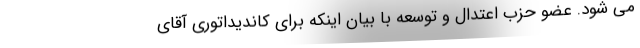
می شود. عضو حزب اعتدال و توسعه با بیان اینکه برای کاندیداتوری آقای